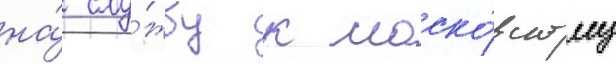
на́ слу́жбу к моско́вскому